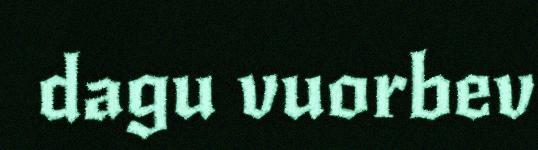
dagu vuorbev